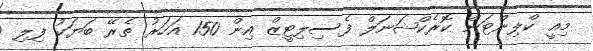
މިއީ ކްލިންޓަން ކޮރެކްޝަނަލް ފެސިލިޓީޒް އިން 150 އަހަރު ތެރޭ ބަޔަކު ފިލި